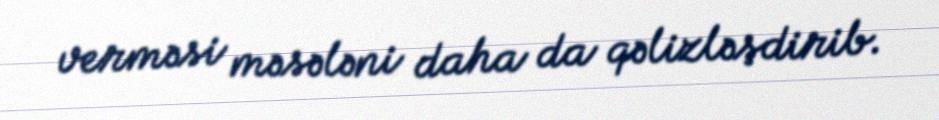
verməsi məsələni daha da qəlizləşdirib.